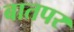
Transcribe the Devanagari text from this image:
बातपर